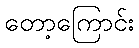
တော့ကြောင်း